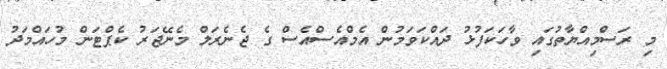
މި ރަސްމިއްޔާތުގައި ވާހަކަފުޅު ދައްކަވަމުން އެމްއެސްއެސް ގެ ޖެނެރަލް މެނޭޖަރު ކެޕްޓަން މުހައްމަދު